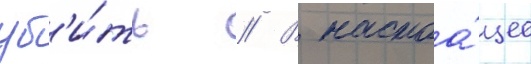
уб'и́ть // В настоа́щее